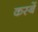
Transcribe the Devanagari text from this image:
कस्‍बें